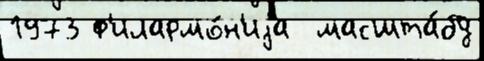
1973 ф'илармо́н'иjа  масшта́бу